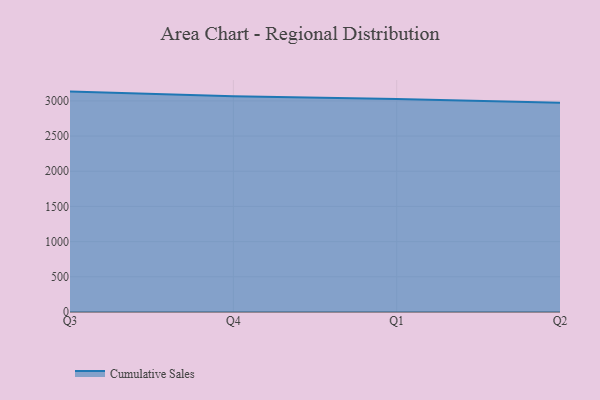
{"axis": {"x": "Quarter", "y": "Satisfaction Score"}, "legend": ["Cumulative Sales"], "data": [{"x": "Q3", "y": 3131.8, "type": "Cumulative Sales"}, {"x": "Q4", "y": 3066.2, "type": "Cumulative Sales"}, {"x": "Q1", "y": 3025.4, "type": "Cumulative Sales"}, {"x": "Q2", "y": 2973.5, "type": "Cumulative Sales"}]}